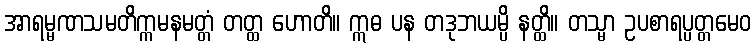
အာရမ္မဏသမတိက္ကမနမတ္တံ တတ္ထ ဟောတိ။ ဣဓ ပန တဒုဘယမ္ပိ နတ္ထိ။ တသ္မာ ဥပစာရပ္ပတ္တမေဝ